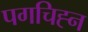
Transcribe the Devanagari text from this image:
पगचिह्न